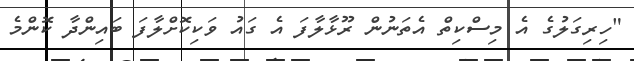
"ހިރިގަލުގެ އެ މިސްކިތް އެތަނުން ރޫޅާލާފަ އެ ގައު ވަކިކޮށްލާފަ ބައިިންދާ ކޮންމެ